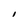
Character: I